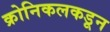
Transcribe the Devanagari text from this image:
क्रोनिकलकडून